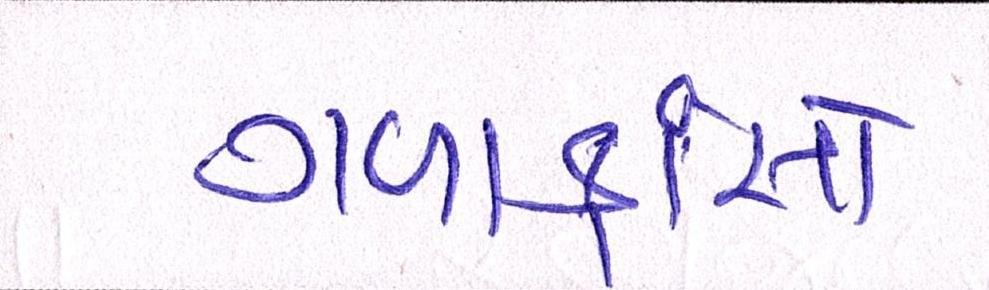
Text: ગળાફાંસો